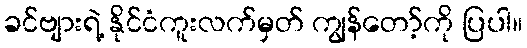
ခင်ဗျားရဲ့ နိုင်ငံကူးလက်မှတ် ကျွန်တော့်ကို ပြပါ။